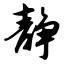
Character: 静